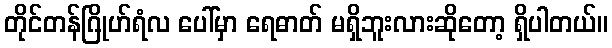
တိုင်တန်ဂြိုဟ်ရံလ ပေါ်မှာ ရေဓာတ် မရှိဘူးလားဆိုတော့ ရှိပါတယ်။